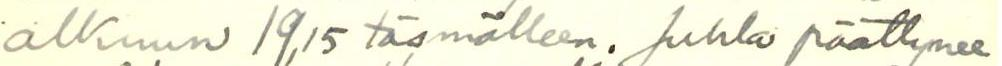
alkuun 19,15 täsmälleen. Juhla päättynee